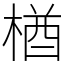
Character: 楢